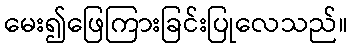
မေး၍ဖြေကြားခြင်းပြုလေသည်။